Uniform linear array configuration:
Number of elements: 64
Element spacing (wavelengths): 1
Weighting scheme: blackman
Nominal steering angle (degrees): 0
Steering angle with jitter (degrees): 1.422
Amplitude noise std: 0.05
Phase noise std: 0.05

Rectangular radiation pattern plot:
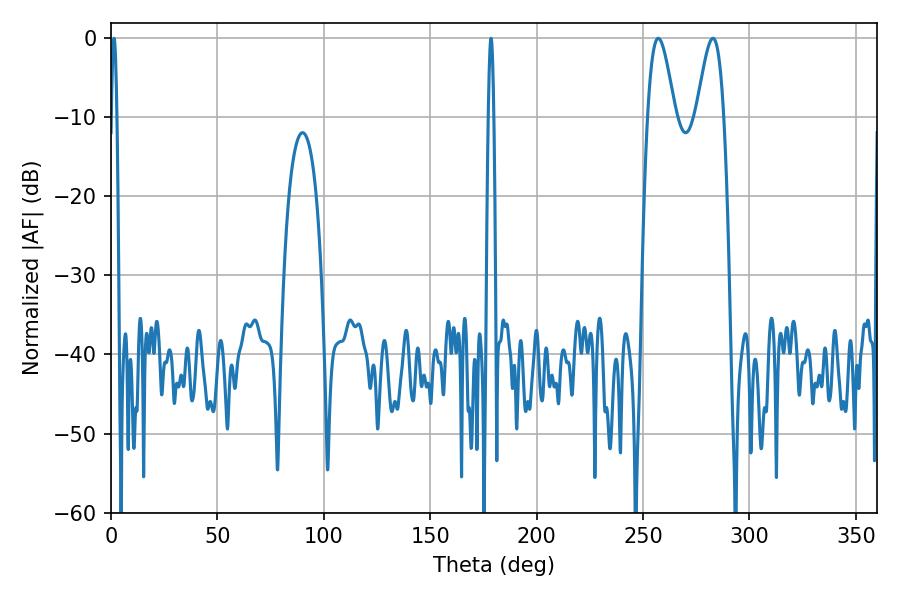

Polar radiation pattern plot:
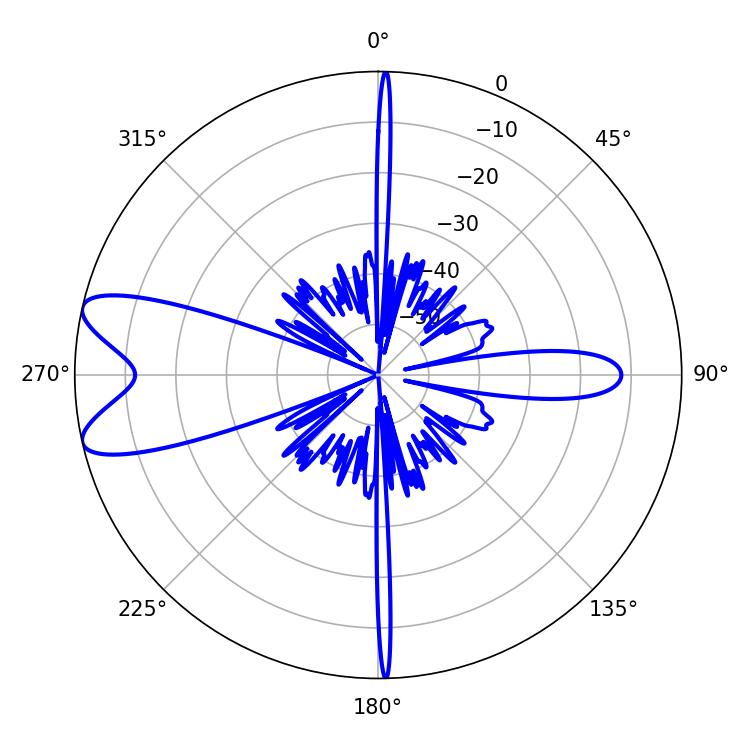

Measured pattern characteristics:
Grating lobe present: TRUE
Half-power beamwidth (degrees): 1.44
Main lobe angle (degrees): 178.56